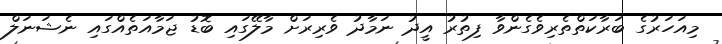
މިއަހަރުގެ ބަރާކަތްތެރިވެގެންވާ ފިތުރު އީދު ނަމާދު ވެރިރަށް މާލޭގައި ބޮޑު ޖަމާއަތެއްގައި ނެޝަނަލް